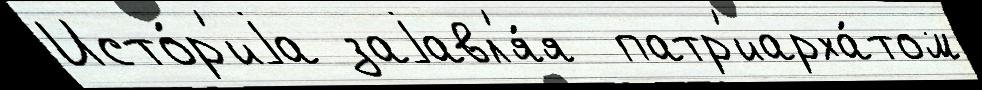
Исто́р'иjа заjавл'я́я  патр'иарха́том